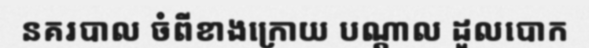
នគរបាល ចំពីខាងក្រោយ បណ្តាល ដួលបោក